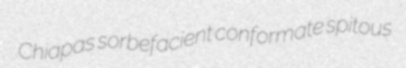
Chiapas sorbefacient conformate spitous